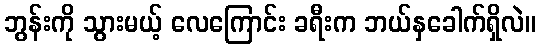
ဘွန်းကို သွားမယ့် လေကြောင်း ခရီးက ဘယ်နှခေါက်ရှိလဲ။